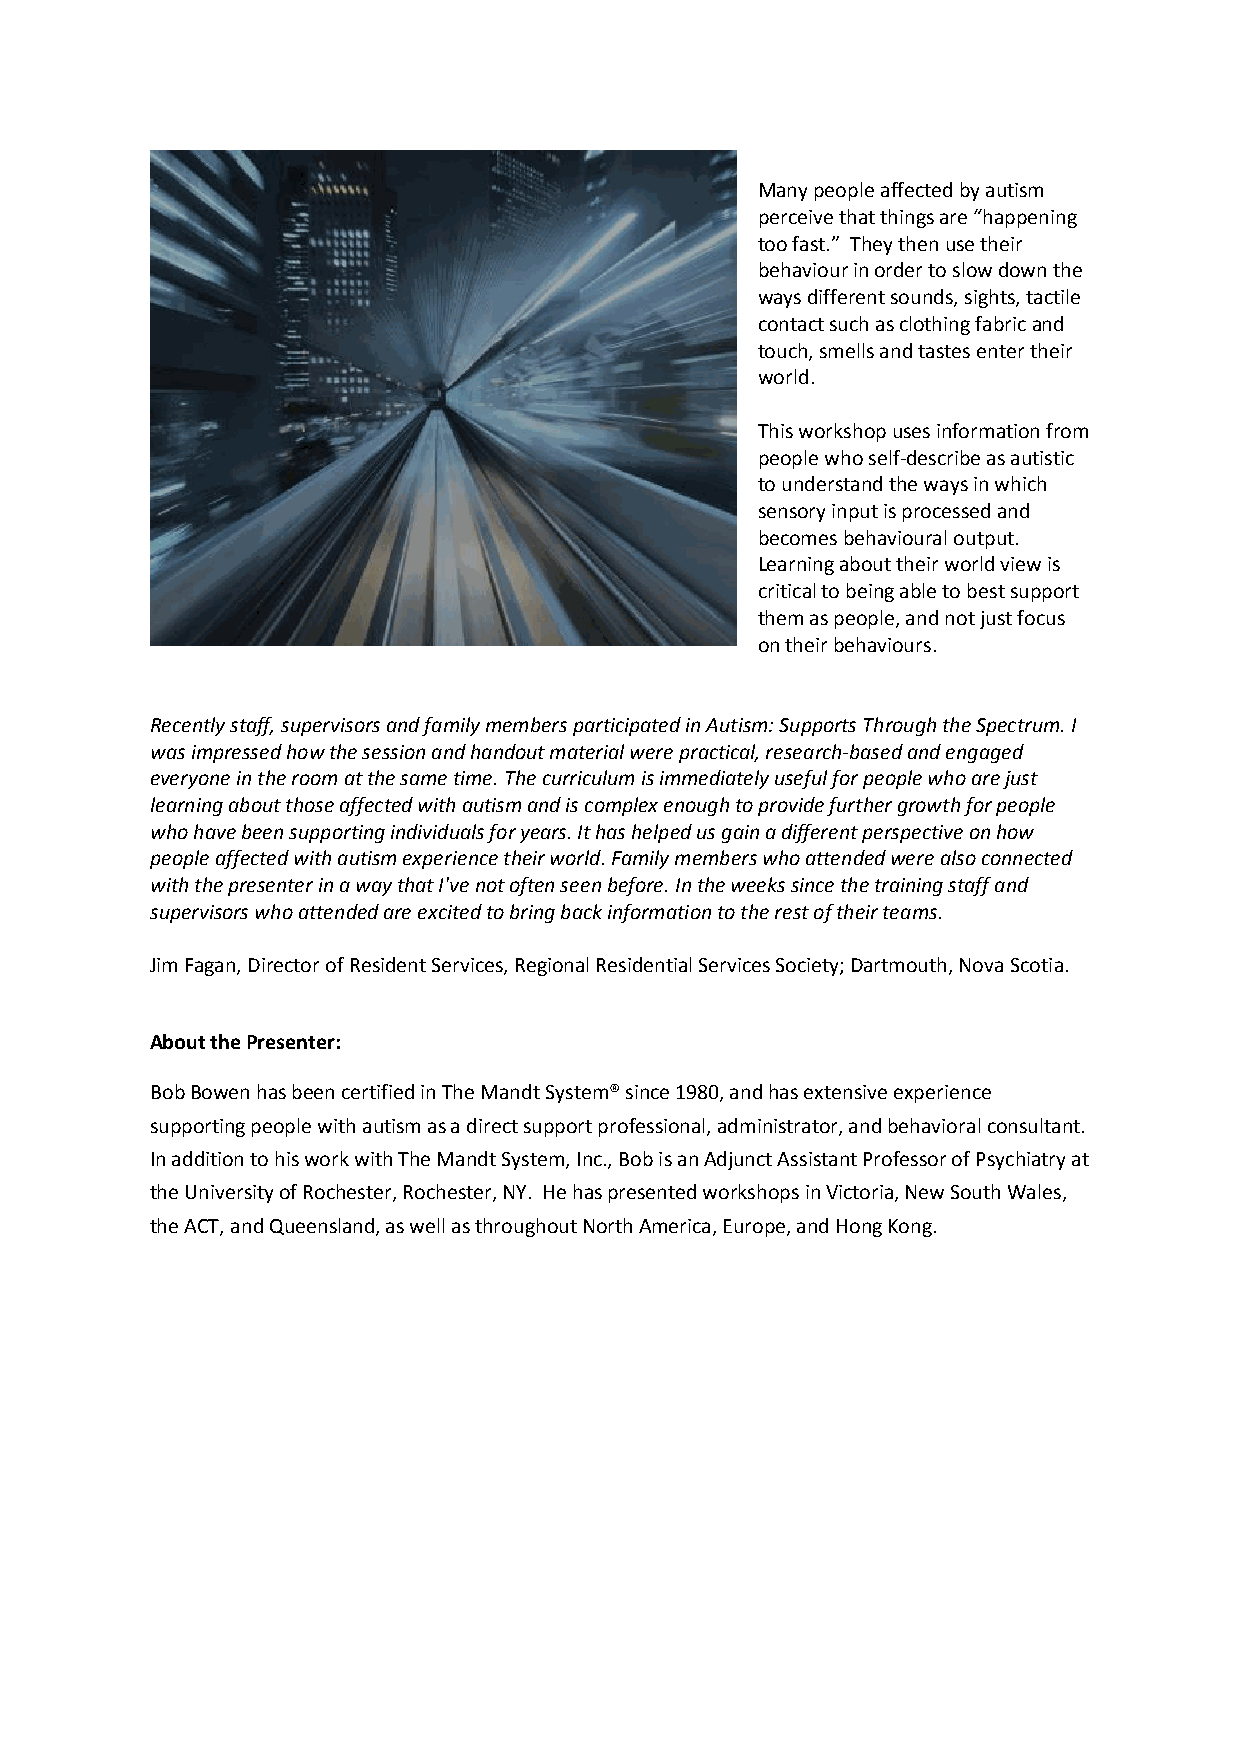
Many people affected by autism
 perceive that things are “happening
 too fast.” They then use their
 behaviour in order to slow down the
 ways different sounds, sights, tactile
 contact such as clothing fabric and
 touch, smells and tastes enter their
 world.
 This workshop uses information from
 people who self-describe as autistic
 to understand the ways in which
 sensory input is processed and
 becomes behavioural output.
 Learning about their world view is
 critical to being able to best support
 them as people, and not just focus
 on their behaviours.
 Recently staff, supervisors and family members participated in Autism: Supports Through the Spectrum. I
 was impressed how the session and handout material were practical, research-based and engaged
 everyone in the room at the same time. The curriculum is immediately useful for people who are just
 learning about those affected with autism and is complex enough to provide further growth for people
 who have been supporting individuals for years. It has helped us gain a different perspective on how
 people affected with autism experience their world. Family members who attended were also connected
 with the presenter in a way that I've not often seen before. In the weeks since the training staff and
 supervisors who attended are excited to bring back information to the rest of their teams.
 Jim Fagan, Director of Resident Services, Regional Residential Services Society; Dartmouth, Nova Scotia.
 About the Presenter:
 Bob Bowen has been certified in The Mandt System® since 1980, and has extensive experience
 supporting people with autism as a direct support professional, administrator, and behavioral consultant.
 In addition to his work with The Mandt System, Inc., Bob is an Adjunct Assistant Professor of Psychiatry at
 the University of Rochester, Rochester, NY. He has presented workshops in Victoria, New South Wales,
 the ACT, and Queensland, as well as throughout North America, Europe, and Hong Kong.